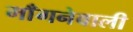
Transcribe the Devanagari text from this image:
माँगनेवाली